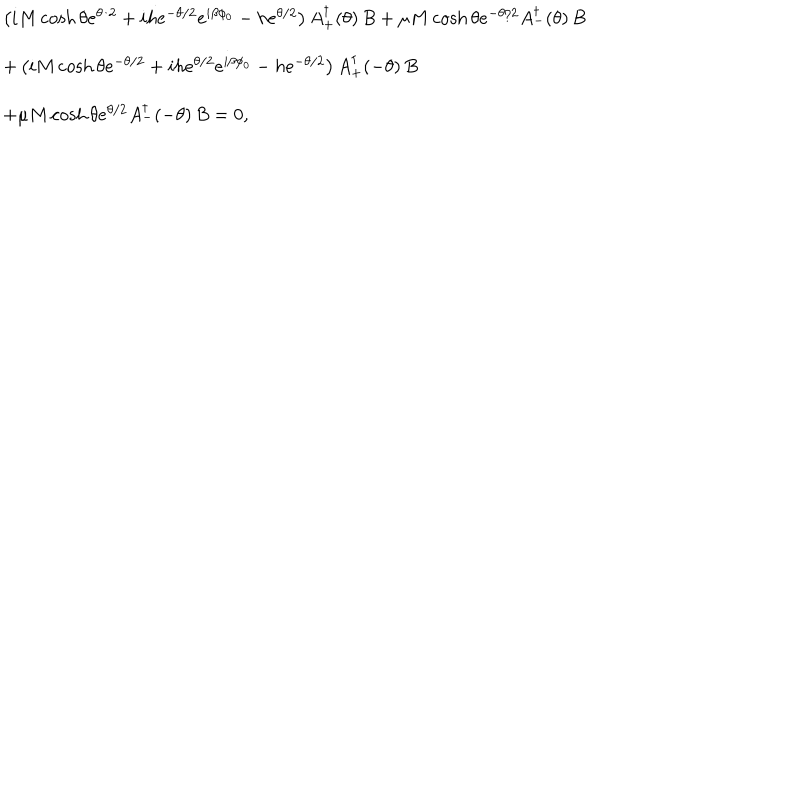
LaTeX: \begin{array} { l l } { { \left( i M \cosh \theta e ^ { \theta / 2 } + i h e ^ { - \theta / 2 } e ^ { i \beta \phi _ { 0 } } - h e ^ { \theta / 2 } \right) A _ { + } ^ { \dagger } ( \theta ) \, B + \mu M \cosh \theta e ^ { - \theta / 2 } A _ { - } ^ { \dagger } ( \theta ) \, B } } \\ { { + \left( i M \cosh \theta e ^ { - \theta / 2 } + i h e ^ { \theta / 2 } e ^ { i \beta \phi _ { 0 } } - h e ^ { - \theta / 2 } \right) A _ { + } ^ { \dagger } ( - \theta ) \, B } } \\ { { + \mu M \cosh \theta e ^ { \theta / 2 } A _ { - } ^ { \dagger } ( - \theta ) \, B = 0 , } } \\ \end{array}